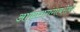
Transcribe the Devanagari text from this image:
आकाशगंगांबरोबर